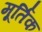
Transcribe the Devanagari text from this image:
मूर्तिक